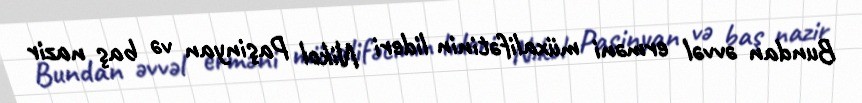
Bundan əvvəl erməni müxalifətinin lideri Nikol Paşinyan və baş nazir